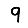
Digit: 9